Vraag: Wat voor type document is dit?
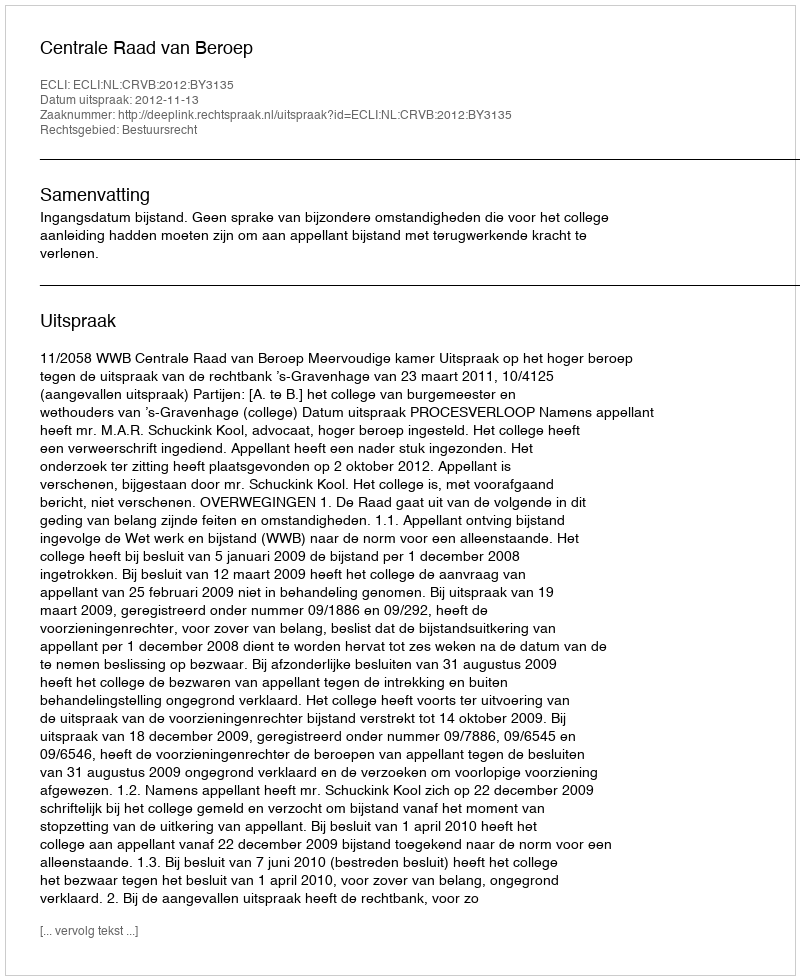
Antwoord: Uitspraak